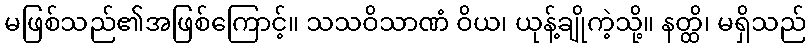
မဖြစ်သည်၏အဖြစ်ကြောင့်။ သသဝိသာဏံ ဝိယ၊ ယုန့်ချိုကဲ့သို့။ နတ္ထိ၊ မရှိသည်